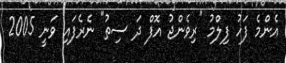
އެންމެ ފަހު ފިލްމު "ރިވެންޖު އޮފް ދަ ސިތު" ނެރެފައި ވަނީ 2005